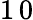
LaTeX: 1\, 0